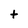
Character: t